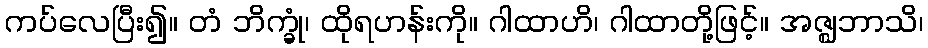
ကပ်လေပြီး၍။ တံ ဘိက္ခုံ၊ ထိုရဟန်းကို။ ဂါထာဟိ၊ ဂါထာတို့ဖြင့်။ အဇ္ဈဘာသိ၊